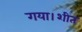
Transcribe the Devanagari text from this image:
गया।शीत